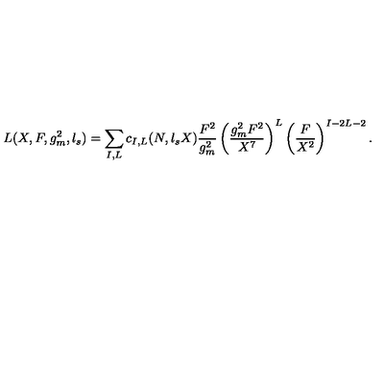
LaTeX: L ( X , F , g _ { m } ^ { 2 } , l _ { s } ) = \sum _ { I , L } c _ { I , L } ( N , l _ { s } X ) { \frac { F ^ { 2 } } { g _ { m } ^ { 2 } } } \left( { \frac { g _ { m } ^ { 2 } F ^ { 2 } } { X ^ { 7 } } } \right) ^ { L } \left( { \frac { F } { X ^ { 2 } } } \right) ^ { I - 2 L - 2 } .